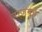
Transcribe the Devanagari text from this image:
राजगृहे